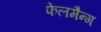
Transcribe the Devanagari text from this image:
फेलमैन्ग